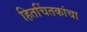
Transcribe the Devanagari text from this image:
हितचिंतकांचा